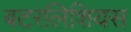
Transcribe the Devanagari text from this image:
बटरलिशियस